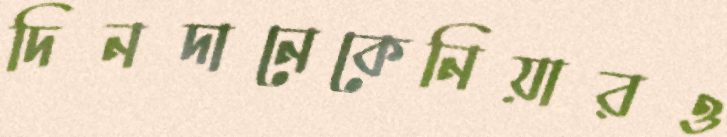
দিনদানেকেনিয়ারও